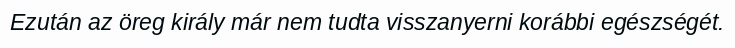
Ezután az öreg király már nem tudta visszanyerni korábbi egészségét.